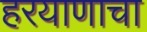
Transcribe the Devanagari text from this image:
हरयाणाचा